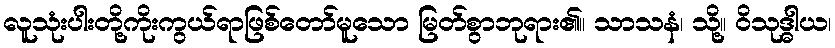
လူသုံးပါးတို့ကိုးကွယ်ရာဖြစ်တော်မူသော မြတ်စွာဘုရား၏။ သာသနံ၊ သို့။ ဝိသုဒ္ဓါယ၊